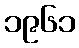
၁၉၆၁